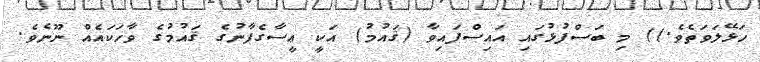
ހަޅޭލަވަތެވެ.)) މި ބަސްފުޅުގައި އައިސްފައިވާ (ޤައުމު) އަކީ ޢީސާގެފާނުގެ ޤައުމުގެ ވާހަކައެއް ނޫނެވެ.